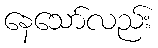
နေသော်လည်း